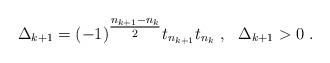
LaTeX: \begin{gather*} \Delta_{k+1} = (-1)^{\tfrac{n_{k+1}-n_{k}}{2}} t_{n_{k+1}} t_{n_{k}} \ , \ \ \Delta_{k+1} > 0 \ .\end{gather*}